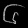
Digit: ၆